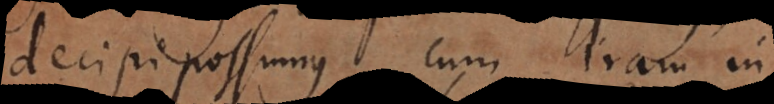
decipi possumus, cum iram in